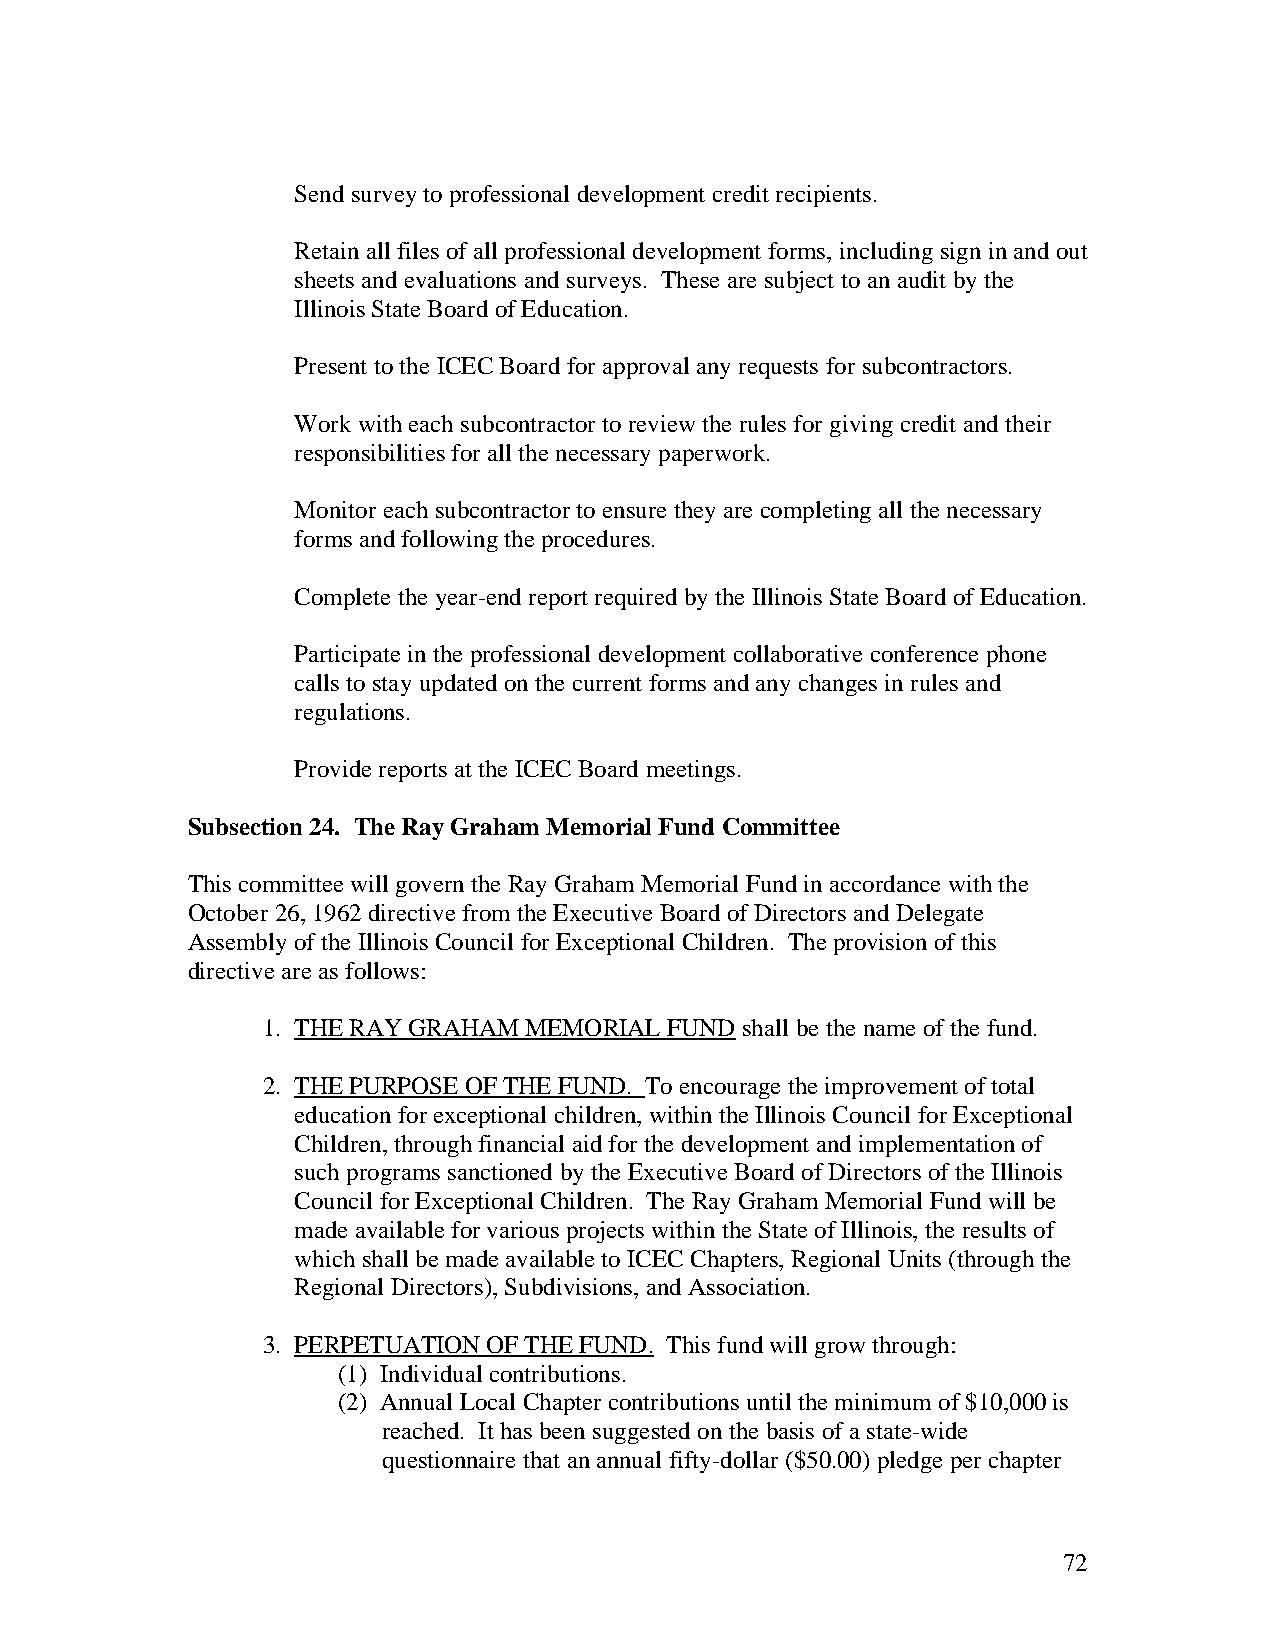
Send survey to professional development credit recipients.
 Retain all files of all professional development forms, including sign in and out
 sheets and evaluations and surveys. These are subject to an audit by the
 Illinois State Board of Education.
 Present to the ICEC Board for approval any requests for subcontractors.
 Work with each subcontractor to review the rules for giving credit and their
 responsibilities for all the necessary paperwork.
 Monitor each subcontractor to ensure they are completing all the necessary
 forms and following the procedures.
 Complete the year-end report required by the Illinois State Board of Education.
 Participate in the professional development collaborative conference phone
 calls to stay updated on the current forms and any changes in rules and
 regulations.
 Provide reports at the ICEC Board meetings.
 Subsection 24. The Ray Graham Memorial Fund Committee
 This committee will govern the Ray Graham Memorial Fund in accordance with the
 October 26, 1962 directive from the Executive Board of Directors and Delegate
 Assembly of the Illinois Council for Exceptional Children. The provision of this
 directive are as follows:
 1. THE RAY GRAHAM MEMORIAL FUND shall be the name of the fund.
 2. THE PURPOSE OF THE FUND. To encourage the improvement of total
 education for exceptional children, within the Illinois Council for Exceptional
 Children, through financial aid for the development and implementation of
 such programs sanctioned by the Executive Board of Directors of the Illinois
 Council for Exceptional Children. The Ray Graham Memorial Fund will be
 made available for various projects within the State of Illinois, the results of
 which shall be made available to ICEC Chapters, Regional Units (through the
 Regional Directors), Subdivisions, and Association.
 3. PERPETUATION OF THE FUND. This fund will grow through:
 (1) Individual contributions.
 (2) Annual Local Chapter contributions until the minimum of $10,000 is
 reached. It has been suggested on the basis of a state-wide
 questionnaire that an annual fifty-dollar ($50.00) pledge per chapter
 72